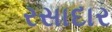
રસાદાર